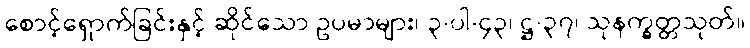
စောင့်ရှောက်ခြင်းနှင့် ဆိုင်သော ဥပမာများ၊ ၃-ပါ-၄၃၊ ဋ္ဌ-၃၇၊ သုနက္ခတ္တသုတ်။